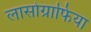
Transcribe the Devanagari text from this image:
लासोग्राफिया